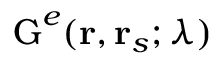
\boldsymbol { \mathrm { G } } ^ { e } ( \mathbf { r } , \mathbf { r } _ { s } ; \lambda )